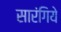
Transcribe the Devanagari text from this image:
सारंगिये